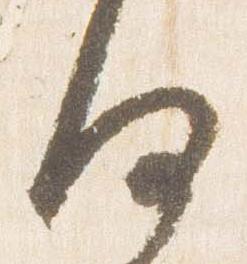
何